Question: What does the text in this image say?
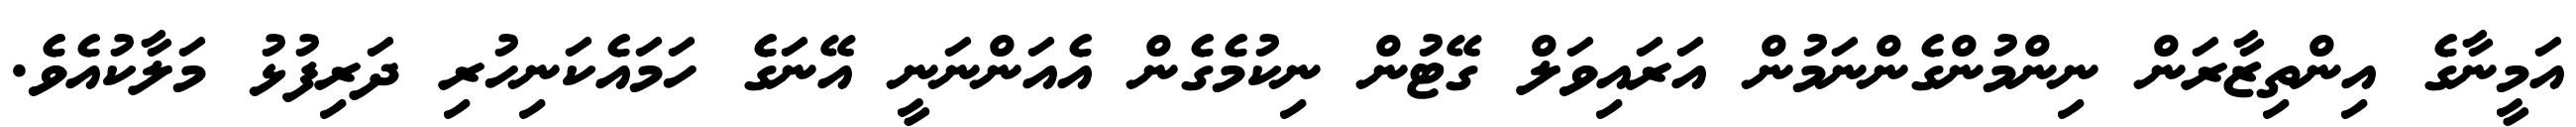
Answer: އަމީނާގެ އިންތިޒާރަން ނިންމުންގެންނަމުން އަރައިވަލް ގޭޓުން ނިކުމެގެން އެއަންނަނީ އޭނަގެ ހަމައެކަނިހުރި ދަރިފުޅު މަލާކުއެވެ.